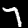
Digit: 7